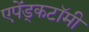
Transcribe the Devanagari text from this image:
एपेंड्कटॉमी